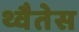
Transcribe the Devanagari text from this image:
थ्वैतेस